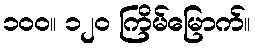
၁၀၀။ ၁၂၀ ကြိမ်မြောက်။